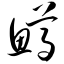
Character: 鳟